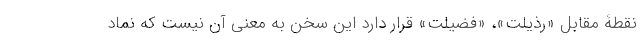
نقطۀ مقابل «رذیلت»، «فضیلت» قرار دارد این سخن به معنی آن نیست که نماد